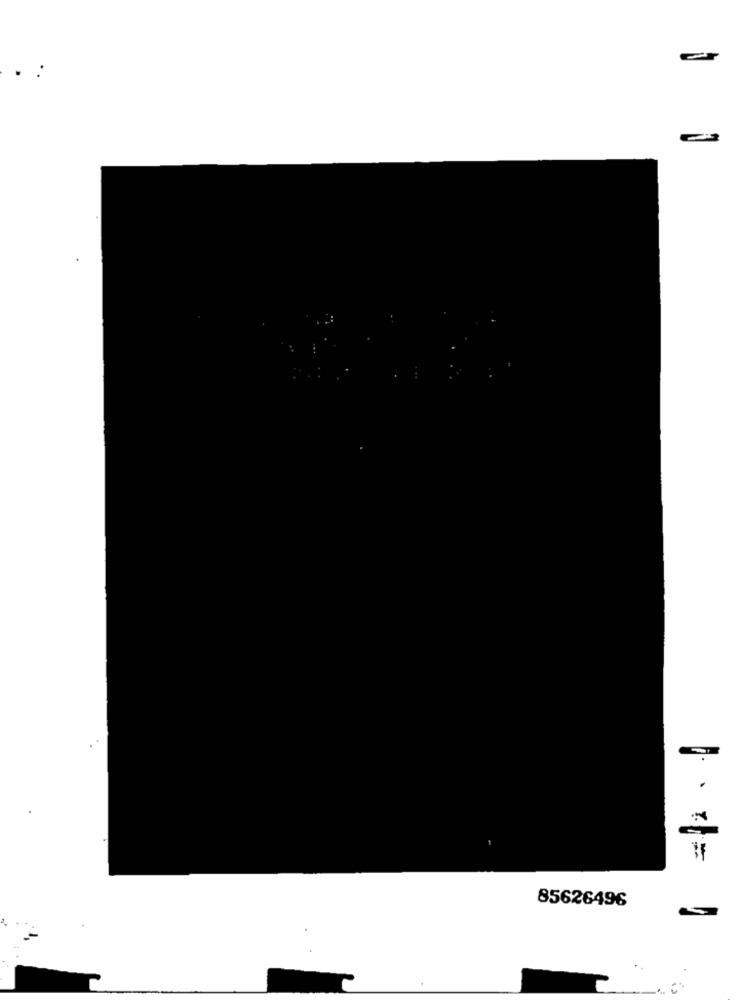
=
85626496